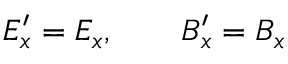
E _ { x } ^ { \prime } = E _ { x } , \qquad B _ { x } ^ { \prime } = B _ { x }